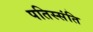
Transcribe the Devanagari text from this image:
पतिस्संति